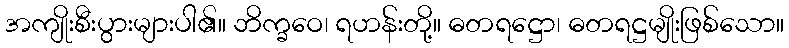
အကျိုးစီးပွားများပါ၏။ ဘိက္ခဝေ၊ ရဟန်းတို့။ ဓတရဋ္ဌော၊ ဓတရဋ္ဌမျိုးဖြစ်သော။